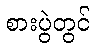
စားပွဲတွင်